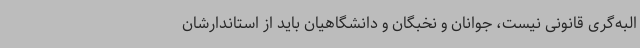
البه‌گری قانونی نیست، جوانان و نخبگان و دانشگاهیان باید از استاندارشان